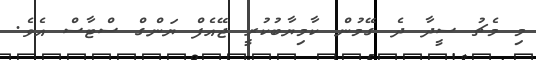
މި މެޗު ސީދާ ދެ ގޭމުން ކާމިޔާބުކުރީ ޖޭއެފް ޔަންގް ސްޓާސް އެވެ.